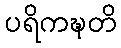
ပရိကဍ္ဎတိ